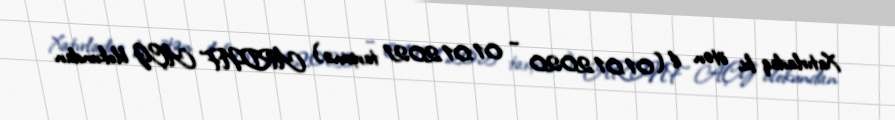
Xatırladaq ki, ötən il (01.01.2020 – 01.01.2021 tarixinə) ARDNF AÇG blokundan